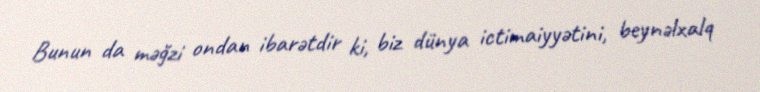
Bunun da məğzi ondan ibarətdir ki, biz dünya ictimaiyyətini, beynəlxalq